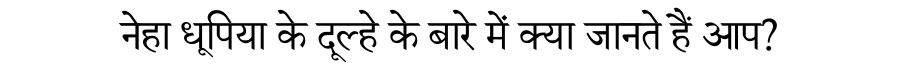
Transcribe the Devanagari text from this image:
नेहा धूपिया के दूल्हे के बारे में क्या जानते हैं आप?